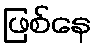
ဖြစ်နေ